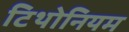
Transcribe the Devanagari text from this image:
टिथोनियम